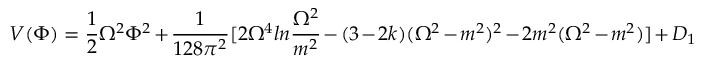
V ( \Phi ) = { \frac { 1 } { 2 } } \Omega ^ { 2 } \Phi ^ { 2 } + { \frac { 1 } { 1 2 8 \pi ^ { 2 } } } [ 2 \Omega ^ { 4 } l n { \frac { \Omega ^ { 2 } } { m ^ { 2 } } } - ( 3 - 2 k ) ( \Omega ^ { 2 } - m ^ { 2 } ) ^ { 2 } - 2 m ^ { 2 } ( \Omega ^ { 2 } - m ^ { 2 } ) ] + { \cal D } _ { 1 }